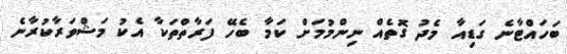
ބަހައްޓާނެ ގަޑިއާ މެދު ގޮތެއް ނިންމުމަށް ކަމާ ބެހޭ ފަރާތްތަކާ އެކު މަޝްވަރާކުރާނެ